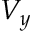
V _ { y }